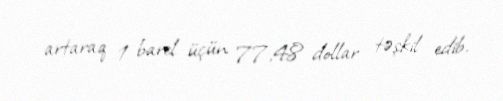
artaraq 1 barel üçün 77,48 dollar təşkil edib.